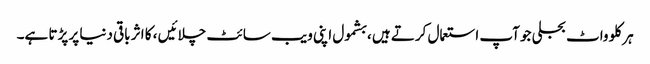
ہر کلو واٹ بجلی جو آپ استعمال کرتے ہیں ، بشمول اپنی ویب سائٹ چلائیں ، کا اثر باقی دنیا پر پڑتا ہے۔